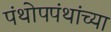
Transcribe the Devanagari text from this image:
पंथोपपंथांच्या